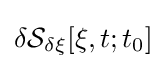
\delta {\mathcal {S}}_{\delta \xi }[\xi ,t;t_{0}]